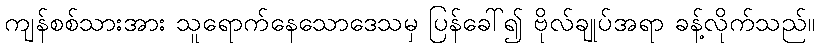
ကျန်စစ်သားအား သူရောက်နေသောဒေသမှ ပြန်ခေါ်၍ ဗိုလ်ချုပ်အရာ ခန့်လိုက်သည်။